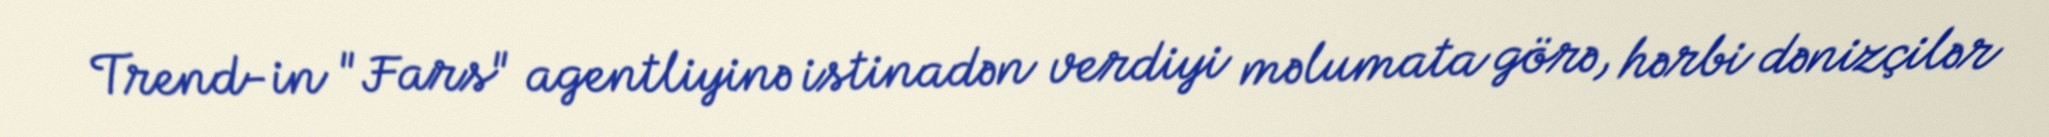
Trend-in "Fars" agentliyinə istinadən verdiyi məlumata görə, hərbi dənizçilər